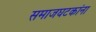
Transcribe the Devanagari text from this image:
समाजघटकांना